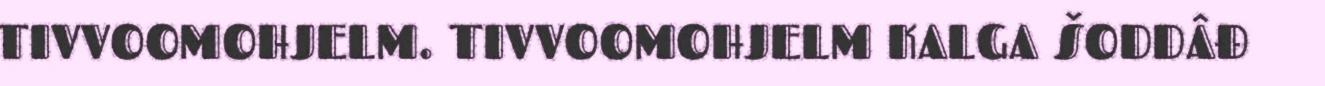
TIVVOOMOHJELM. TIVVOOMOHJELM KALGA ŠODDÂĐ